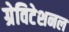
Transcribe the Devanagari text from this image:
ग्रेविटेशनल